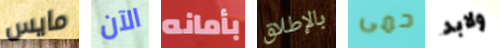
مايس الآن بأمانه بالإطلاق حمى ولابد